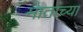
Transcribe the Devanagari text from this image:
मातांच्या